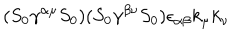
LaTeX: ( S _ { 0 } \gamma ^ { \alpha \mu } S _ { 0 } ) ( S _ { 0 } \gamma ^ { \beta \nu } S _ { 0 } ) \epsilon _ { \alpha \beta } k _ { \mu } k _ { \nu }